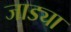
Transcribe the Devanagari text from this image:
जाड्या